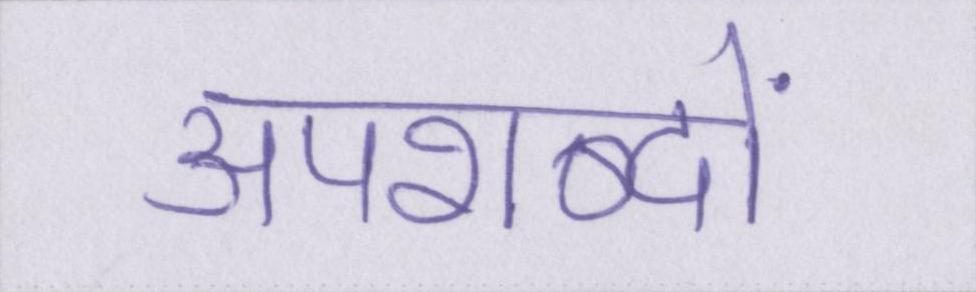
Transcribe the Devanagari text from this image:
अपशब्दों